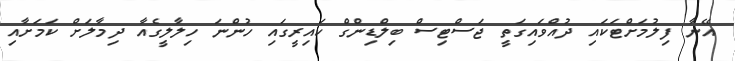
އޭނާ ފިލުމަށްޓަކައި ދުއްވައިގަތީ ޖަސްޓިސް ބިލްޑިންގް ކައިރީގައި ހުންނަ ހިލާލީގެއާ ދިމާލަށް ކަމަށާއި